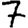
Digit: 7